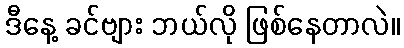
ဒီနေ့ ခင်ဗျား ဘယ်လို ဖြစ်နေတာလဲ။